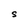
Character: S